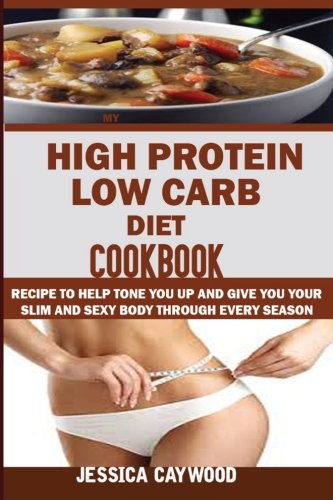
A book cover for High Protein Low Carb Diet Cookbook:: Recipes to Help Tone You up and Give You Your Slim and Sexy Body Through Every Season.; Jessica Caywood; Cookbooks, Food & Wine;